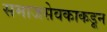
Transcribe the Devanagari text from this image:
समाजसेवकाकडून